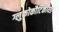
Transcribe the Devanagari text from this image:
ग्लुकोकौर्टिकॉयड